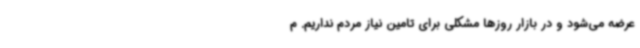
عرضه می‌شود و در بازار روزها مشکلی برای تامین نیاز مردم نداریم. م